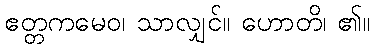
ဧတ္တကမေဝ၊ သာလျှင်။ ဟောတိ၊ ၏။